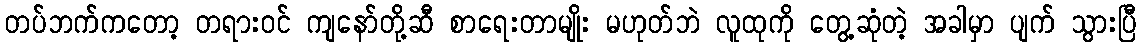
တပ်ဘက်ကတော့ တရားဝင် ကျနော်တို့ဆီ စာရေးတာမျိုး မဟုတ်ဘဲ လူထုကို တွေ့ဆုံတဲ့ အခါမှာ ပျက် သွားပြီ